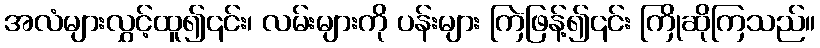
အလံများလွှင့်ထူ၍၎င်း၊ လမ်းများကို ပန်းများ ကြဲဖြန့်၍၎င်း ကြိုဆိုကြသည်။